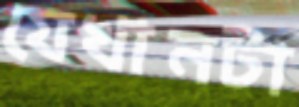
যেখানটা